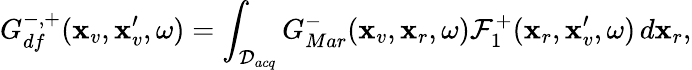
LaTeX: G_{df}^{-,+}(\textbf{x}_{v},\textbf{x}_{v}^{\prime},\omega)=\int_{\mathcal{D}_{acq}}G_{Mar}^{-}(\textbf{x}_{v},\textbf{x}_{r},\omega)\mathcal{F}_{1}^{+}(\textbf{x}_{r},\textbf{x}_{v}^{\prime},\omega)\, d\textbf{x}_{r},